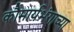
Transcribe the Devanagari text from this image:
कौमार्यभंगाच्या